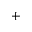
^ +